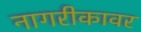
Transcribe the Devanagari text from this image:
नागरीकावर